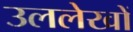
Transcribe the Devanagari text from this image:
उललेखों